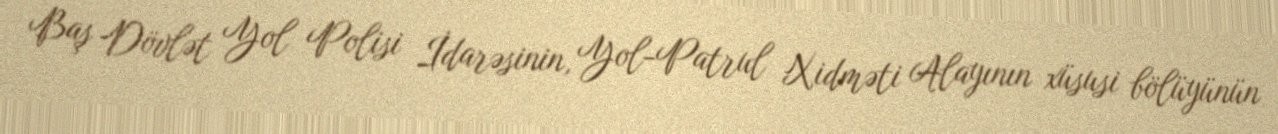
Baş Dövlət Yol Polisi İdarəsinin, Yol-Patrul Xidməti Alayının xüsusi bölüyünün